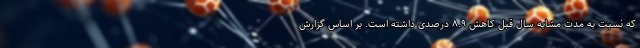
که نسبت به مدت مشابه سال قبل کاهش ۸.۹ درصدی داشته است. بر اساس گزارش